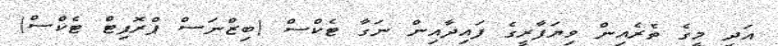
އަދި މީގެ ތެރެއިން ވިޔަފާރީގެ ފައިދާއިން ނަގާ ޓެކްސް (ބިޒްނަސް ޕްރޮފިޓް ޓެކްސް)